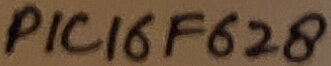
Text: PIC16F628